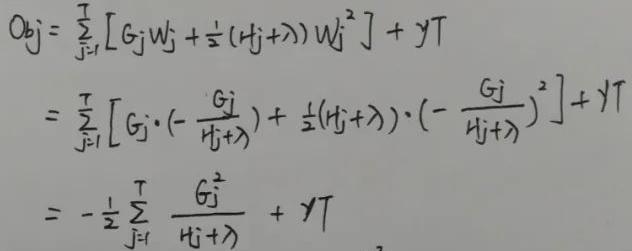
\[
\begin{align*}
Obj&=\sum_{j = 1}^{T}[G_jw_j+\frac{1}{2}(H_j+\lambda)w_j^2]+\gamma T\\
&=\sum_{j = 1}^{T}[G_j\cdot(-\frac{G_j}{H_j+\lambda})+\frac{1}{2}(H_j+\lambda)\cdot(-\frac{G_j}{H_j+\lambda})^2]+\gamma T\\
&=-\frac{1}{2}\sum_{j = 1}^{T}\frac{G_j^2}{H_j+\lambda}+\gamma T
\end{align*}
\]